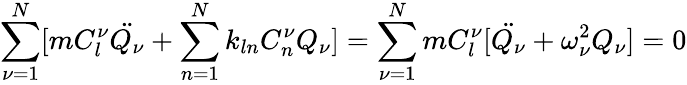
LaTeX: \sum_{\nu=1}^{N}[mC_{l}^{\nu}\ddot{Q_{\nu}}+\sum_{n=1}^{N}k_{ln}C_{n}^{\nu}Q_{\nu}]=\sum_{\nu=1}^{N}mC_{l}^{\nu}[\ddot{Q_{\nu}}+\omega_{\nu}^{2}Q_{\nu}]=0